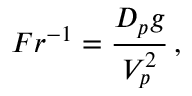
F r ^ { - 1 } = \frac { D _ { p } g } { V _ { p } ^ { 2 } } \, ,